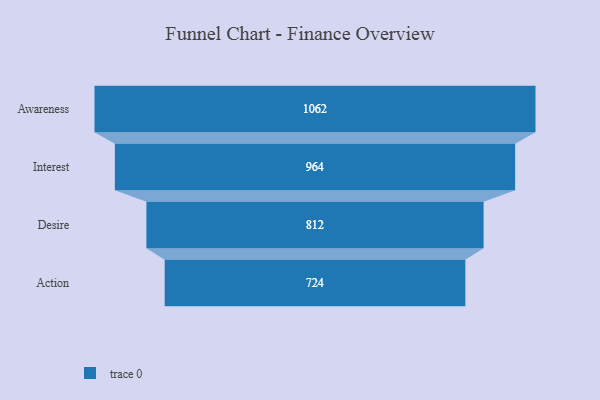
{"axis": {"x": "Stage", "y": "Value"}, "legend": [""], "data": [{"x": "Awareness", "y": 1062.0, "type": ""}, {"x": "Interest", "y": 964.0, "type": ""}, {"x": "Desire", "y": 812.0, "type": ""}, {"x": "Action", "y": 724.0, "type": ""}]}